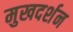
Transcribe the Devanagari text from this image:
मुखदर्शन